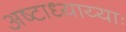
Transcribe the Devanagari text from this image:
अष्टाध्याय्याः